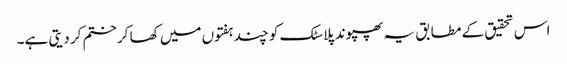
اس تحقیق کے مطابق یہ پھپوند پلاسٹک کو چند ہفتوں میں کھا کرختم کر دیتی ہے۔